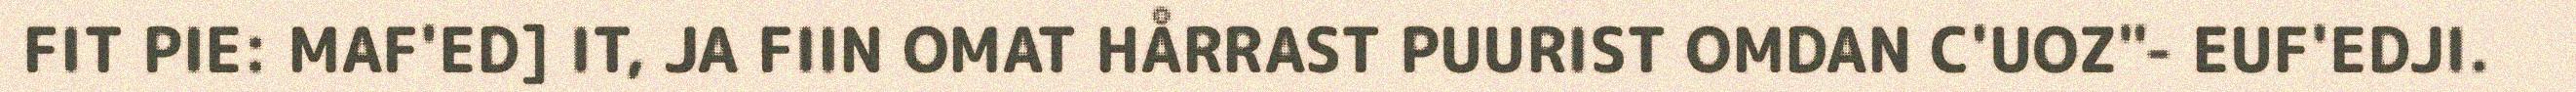
FIT PIE: MAF'ED] IT, JA FIIN OMAT HÅRRAST PUURIST OMDAN C'UOZ"- EUF'EDJI.